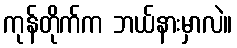
ကုန်တိုက်က ဘယ်နားမှာလဲ။